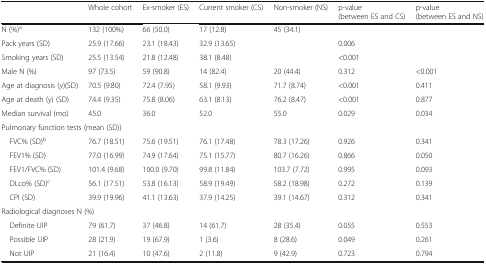
<table><thead><tr><td></td><td><b>Whole cohort</b></td><td><b>Ex-smoker (ES)</b></td><td><b>Current smoker (CS)</b></td><td><b>Non-smoker (NS)</b></td><td><b>p-value(between ES and CS)</b></td><td><b>p-value(between ES and NS)</b></td></tr></thead><tbody><tr><td>N (%)<sup>a</sup></td><td>132 (100%)</td><td>66 (50.0)</td><td>17 (12.8)</td><td>45 (34.1)</td><td></td><td></td></tr><tr><td>Pack years (SD)</td><td>25.9 (17.66)</td><td>23.1 (18.43)</td><td>32.9 (13.65)</td><td></td><td>0.006</td><td></td></tr><tr><td>Smoking years (SD)</td><td>25.5 (13.54)</td><td>21.8 (12.48)</td><td>38.1 (8.48)</td><td></td><td>&lt;0.001</td><td></td></tr><tr><td>Male N (%)</td><td>97 (73.5)</td><td>59 (90.8)</td><td>14 (82.4)</td><td>20 (44.4)</td><td>0.312</td><td>&lt;0.001</td></tr><tr><td>Age at diagnosis (y)(SD)</td><td>70.5 (9.80)</td><td>72.4 (7.95)</td><td>58.1 (9.93)</td><td>71.7 (8.74)</td><td>&lt;0.001</td><td>0.411</td></tr><tr><td>Age at death (y) (SD)</td><td>74.4 (9.35)</td><td>75.8 (8.06)</td><td>63.1 (8.13)</td><td>76.2 (8.47)</td><td>&lt;0.001</td><td>0.877</td></tr><tr><td>Median survival (mo)</td><td>45.0</td><td>36.0</td><td>52.0</td><td>55.0</td><td>0.029</td><td>0.034</td></tr><tr><td colspan="7">Pulmonary function tests (mean (SD))</td></tr><tr><td> FVC% (SD)<sup>b</sup></td><td>76.7 (18.51)</td><td>75.6 (19.51)</td><td>76.1 (17.48)</td><td>78.3 (17.26)</td><td>0.926</td><td>0.341</td></tr><tr><td> FEV1% (SD)</td><td>77.0 (16.99)</td><td>74.9 (17.64)</td><td>75.1 (15.77)</td><td>80.7 (16.26)</td><td>0.866</td><td>0.050</td></tr><tr><td> FEV1/FVC% (SD)</td><td>101.4 (9.68)</td><td>100.0 (9.70)</td><td>99.8 (11.84)</td><td>103.7 (7.72)</td><td>0.995</td><td>0.093</td></tr><tr><td> DLco% (SD)<sup>c</sup></td><td>56.1 (17.51)</td><td>53.8 (16.13)</td><td>58.9 (19.49)</td><td>58.2 (18.98)</td><td>0.272</td><td>0.139</td></tr><tr><td> CPI (SD)</td><td>39.9 (19.96)</td><td>41.1 (13.63)</td><td>37.9 (14.25)</td><td>39.1 (14.67)</td><td>0.312</td><td>0.341</td></tr><tr><td colspan="7">Radiological diagnoses N (%)</td></tr><tr><td> Definite UIP</td><td>79 (61.7)</td><td>37 (46.8)</td><td>14 (61.7)</td><td>28 (35.4)</td><td>0.055</td><td>0.553</td></tr><tr><td> Possible UIP</td><td>28 (21.9)</td><td>19 (67.9)</td><td>1 (3.6)</td><td>8 (28.6)</td><td>0.049</td><td>0.261</td></tr><tr><td> Not UIP</td><td>21 (16.4)</td><td>10 (47.6)</td><td>2 (11.8)</td><td>9 (42.9)</td><td>0.723</td><td>0.794</td></tr></tbody></table>